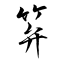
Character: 笲